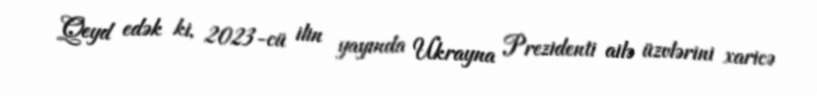
Qeyd edək ki, 2023-cü ilin yayında Ukrayna Prezidenti ailə üzvlərini xaricə